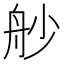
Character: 𦨖